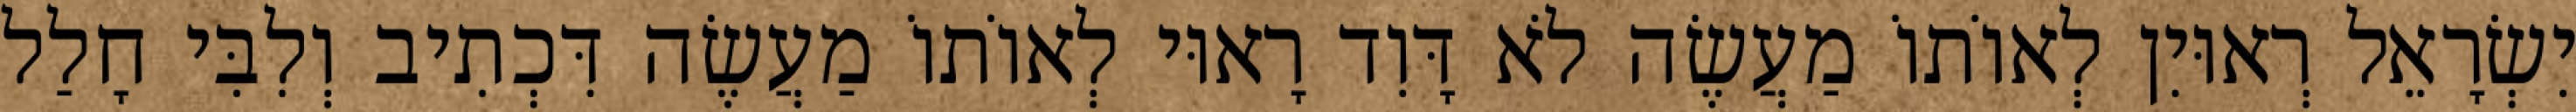
יִשְׂרָאֵל רְאוּיִן לְאוֹתוֹ מַעֲשֶׂה לֹא דָּוִד רָאוּי לְאוֹתוֹ מַעֲשֶׂה דִּכְתִיב וְלִבִּי חָלַל